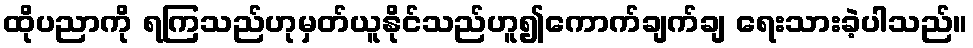
ထိုပညာကို ရကြသည်ဟုမှတ်ယူနိုင်သည်ဟူ၍ကောက်ချက်ချ ရေးသားခဲ့ပါသည်။